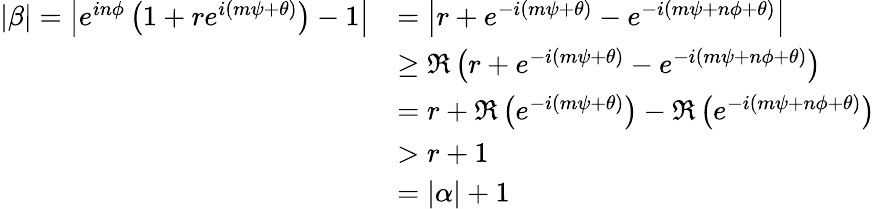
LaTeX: \begin{array}{rl}{|\beta|=\left|e^{in\phi}\left(1+re^{i(m\psi+\theta)}\right)-1\right|}&{=\left|r+e^{-i(m\psi+\theta)}-e^{-i(m\psi+n\phi+\theta)}\right|}\\ &{\geq\Re\left(r+e^{-i(m\psi+\theta)}-e^{-i(m\psi+n\phi+\theta)}\right)}\\ &{=r+\Re\left(e^{-i(m\psi+\theta)}\right)-\Re\left(e^{-i(m\psi+n\phi+\theta)}\right)}\\ &{>r+1}\\ &{=|\alpha|+1}\end{array}